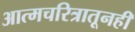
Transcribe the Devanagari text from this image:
आत्मचरित्रातूनही